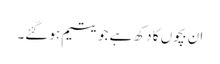
ان بچوں کا دکھ ہے جو یتیم ہو گئے۔